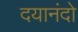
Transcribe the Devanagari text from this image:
दयानंदो